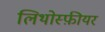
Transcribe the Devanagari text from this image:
लिथोस्फ़ीयर